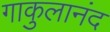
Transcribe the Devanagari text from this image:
गाकुलानंद